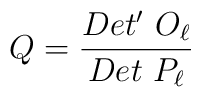
Q = {{Det^{\prime} \ O_{\ell}} \over {Det \ P_{\ell}}}